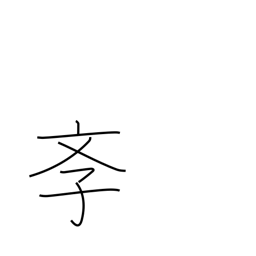
Meaning: school